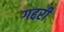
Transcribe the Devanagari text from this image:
गद्दरी